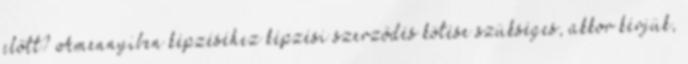
előtt? Amennyiben képzéséhez képzési szerződés kötése szükséges, akkor kérjük,